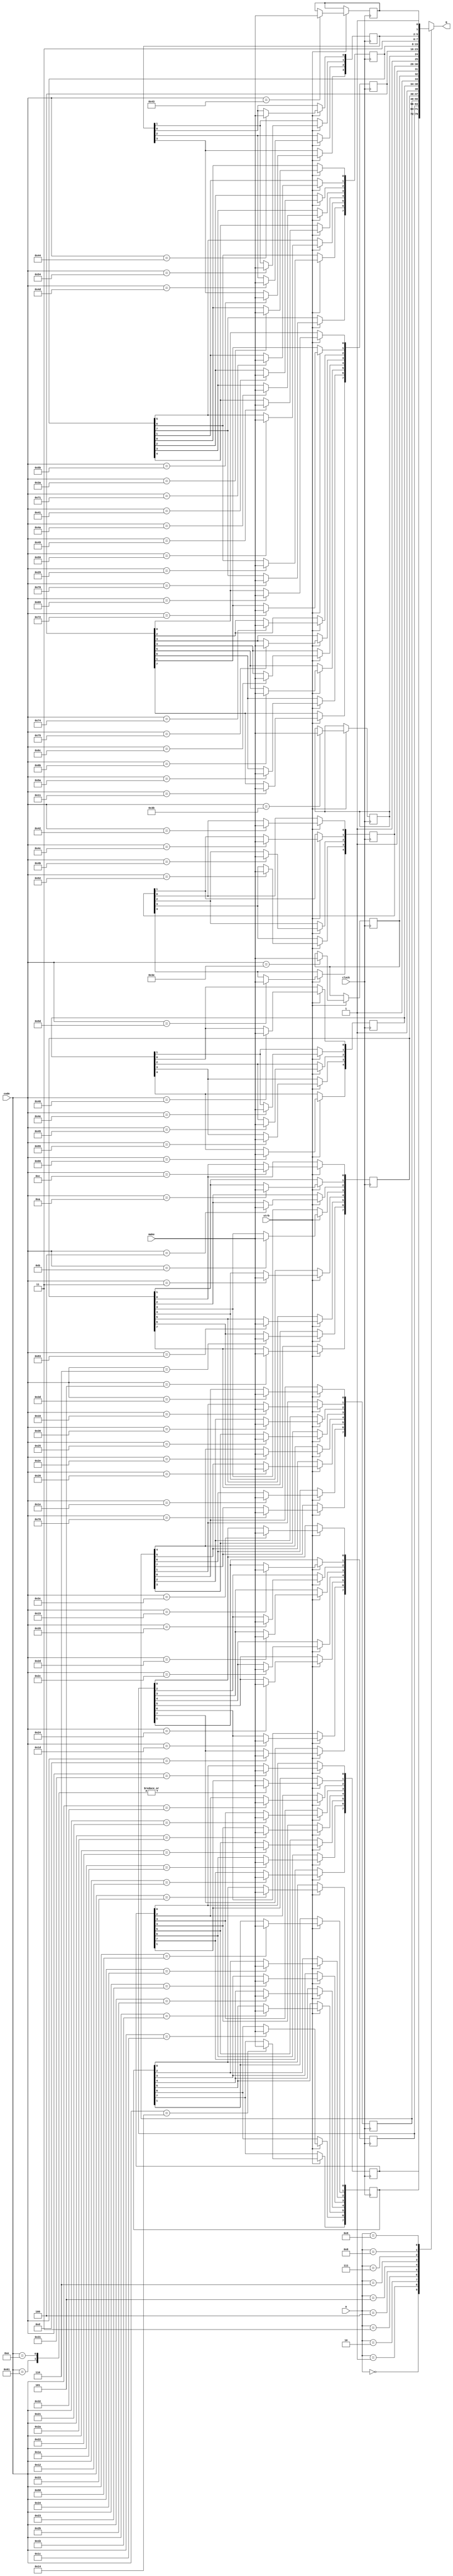
//-------------------------------------------------------------------------------------------------
//  Elan Enterprise keyboard matrix
//-------------------------------------------------------------------------------------------------
//  This file is part of the Elan Enterprise FPGA implementation project.
//  Copyright (C) 2023 Kyp069 <kyp069@gmail.com>
//
//  This program is free software; you can redistribute it and/or modify it under the terms 
//  of the GNU General Public License as published by the Free Software Foundation;
//  either version 3 of the License, or (at your option) any later version.
//
//  This program is distributed in the hope that it will be useful, but WITHOUT ANY WARRANTY;
//  without even the implied warranty of MERCHANTABILITY or FITNESS FOR A PARTICULAR PURPOSE.
//  See the GNU General Public License for more details.
//
//  You should have received a copy of the GNU General Public License along with this program;
//  if not, If not, see <https://www.gnu.org/licenses/>.
//-------------------------------------------------------------------------------------------------
module keyboard
//-------------------------------------------------------------------------------------------------
(
	input  wire      clock,
	input  wire      strb,
	input  wire      make,
	input  wire[7:0] code,
	input  wire[3:0] a,
	output wire[7:0] q
);
//-------------------------------------------------------------------------------------------------

reg[7:0] key[9:0];
initial begin
	key[0] = 8'hFF; key[1] = 8'hFF; key[2] = 8'hFF; key[3] = 8'hFF; key[4] = 8'hFF;
	key[5] = 8'hFF; key[6] = 8'hFF; key[7] = 8'hFF; key[8] = 8'hFF; key[9] = 8'hFF;
end

always @(posedge clock) if(strb) case(code)

	8'h12: key[0][7] <= make; // left shift
	8'h1A: key[0][6] <= make; // Z
	8'h22: key[0][5] <= make; // X
	8'h2A: key[0][4] <= make; // V
	8'h21: key[0][3] <= make; // C
	8'h32: key[0][2] <= make; // B
	8'h61: key[0][1] <= make; // \ (<>)
	8'h0E: key[0][1] <= make; // \ ()
	8'h31: key[0][0] <= make; // N

	8'h14: key[1][7] <= make; // ctrl (l-ctrl)
	8'h1C: key[1][6] <= make; // A
	8'h1B: key[1][5] <= make; // S
	8'h2B: key[1][4] <= make; // F
	8'h23: key[1][3] <= make; // D
	8'h34: key[1][2] <= make; // G
	8'h58: key[1][1] <= make; // lock (caps-lock)
	8'h33: key[1][0] <= make; // H

	8'h0D: key[2][7] <= make; // tab
	8'h1D: key[2][6] <= make; // W
	8'h24: key[2][5] <= make; // E
	8'h2C: key[2][4] <= make; // T
	8'h2D: key[2][3] <= make; // R
	8'h35: key[2][2] <= make; // Y
	8'h15: key[2][1] <= make; // Q
	8'h3C: key[2][0] <= make; // U

	8'h76: key[3][7] <= make; // esc
	8'h1E: key[3][6] <= make; // 2
	8'h26: key[3][5] <= make; // 3
	8'h2E: key[3][4] <= make; // 5
	8'h25: key[3][3] <= make; // 4
	8'h36: key[3][2] <= make; // 6
	8'h16: key[3][1] <= make; // 1
	8'h3D: key[3][0] <= make; // 7

	8'h05: key[4][7] <= make; // F1
	8'h06: key[4][6] <= make; // F2
	8'h83: key[4][5] <= make; // F7
	8'h03: key[4][4] <= make; // F5
	8'h0B: key[4][3] <= make; // F6
	8'h04: key[4][2] <= make; // F3
	8'h0A: key[4][1] <= make; // F8
	8'h0C: key[4][0] <= make; // F4

	8'h66: key[5][6] <= make; // erase (backspace)
	8'h55: key[5][5] <= make; // ~ ()
	8'h45: key[5][4] <= make; // 0
	8'h4E: key[5][3] <= make; // - ('?)
	8'h46: key[5][2] <= make; // 9
	8'h3E: key[5][0] <= make; // 8

	8'h5D: key[6][6] <= make; // ] ()
	8'h52: key[6][5] <= make; // : ()
	8'h4B: key[6][4] <= make; // L
	8'h4C: key[6][3] <= make; // ; ()
	8'h42: key[6][2] <= make; // K
	8'h3B: key[6][0] <= make; // J

	8'h11: key[7][7] <= make; // alt
	8'h5A: key[7][6] <= make; // enter
	8'h6B: key[7][5] <= make; // left
	8'h6C: key[7][4] <= make; // hold (inicio)
	8'h75: key[7][3] <= make; // up
	8'h74: key[7][2] <= make; // right
	8'h72: key[7][1] <= make; // down
	8'h69: key[7][0] <= make; // stop (fin)

	8'h70: key[8][7] <= make; // ins
	8'h29: key[8][6] <= make; // space
	8'h59: key[8][5] <= make; // right shift
	8'h49: key[8][4] <= make; // . (.:)
	8'h4A: key[8][3] <= make; // / (-_)
	8'h41: key[8][2] <= make; // , (,;)
	8'h71: key[8][1] <= make; // delete
	8'h3A: key[8][0] <= make; // M

	8'h5B: key[9][5] <= make; // [ (+*)
	8'h4D: key[9][4] <= make; // P
	8'h54: key[9][3] <= make; // @ (`^)
	8'h44: key[9][2] <= make; // O
	8'h43: key[9][0] <= make; // I
endcase

//-------------------------------------------------------------------------------------------------

assign q = key[a];

//-------------------------------------------------------------------------------------------------
endmodule
//-------------------------------------------------------------------------------------------------